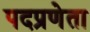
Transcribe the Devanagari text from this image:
पदप्रणेता